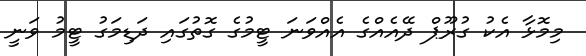
މިމޮޅާ އެކު ގުރޫޕް ދޭއެއްގެ އެއްވަނަ ޓީމުގެ ގޮތުގައި ދަޑިމަގު ޓީމު ވަނީ